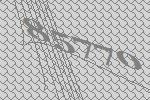
85770